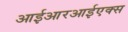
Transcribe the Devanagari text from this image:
आईआरआईएक्स